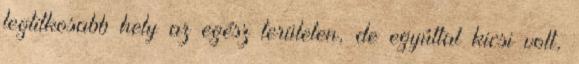
legtitkosabb hely az egész területen, de egyúttal kicsi volt,